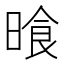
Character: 𣈮